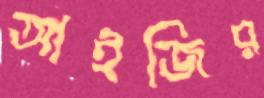
আইজির